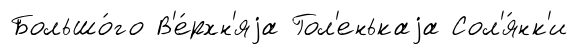
Большо́го В'е́рхн'яjа Гол'енькаjа Сол'я́нк'и